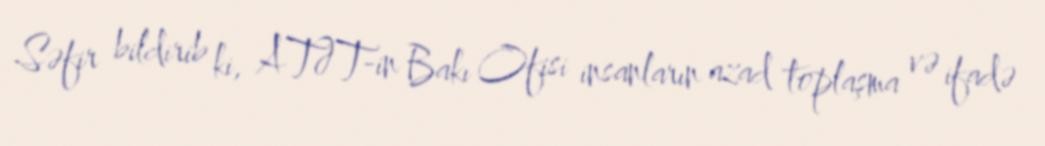
Səfir bildirib ki, ATƏT-in Bakı Ofisi insanların azad toplaşma və ifadə